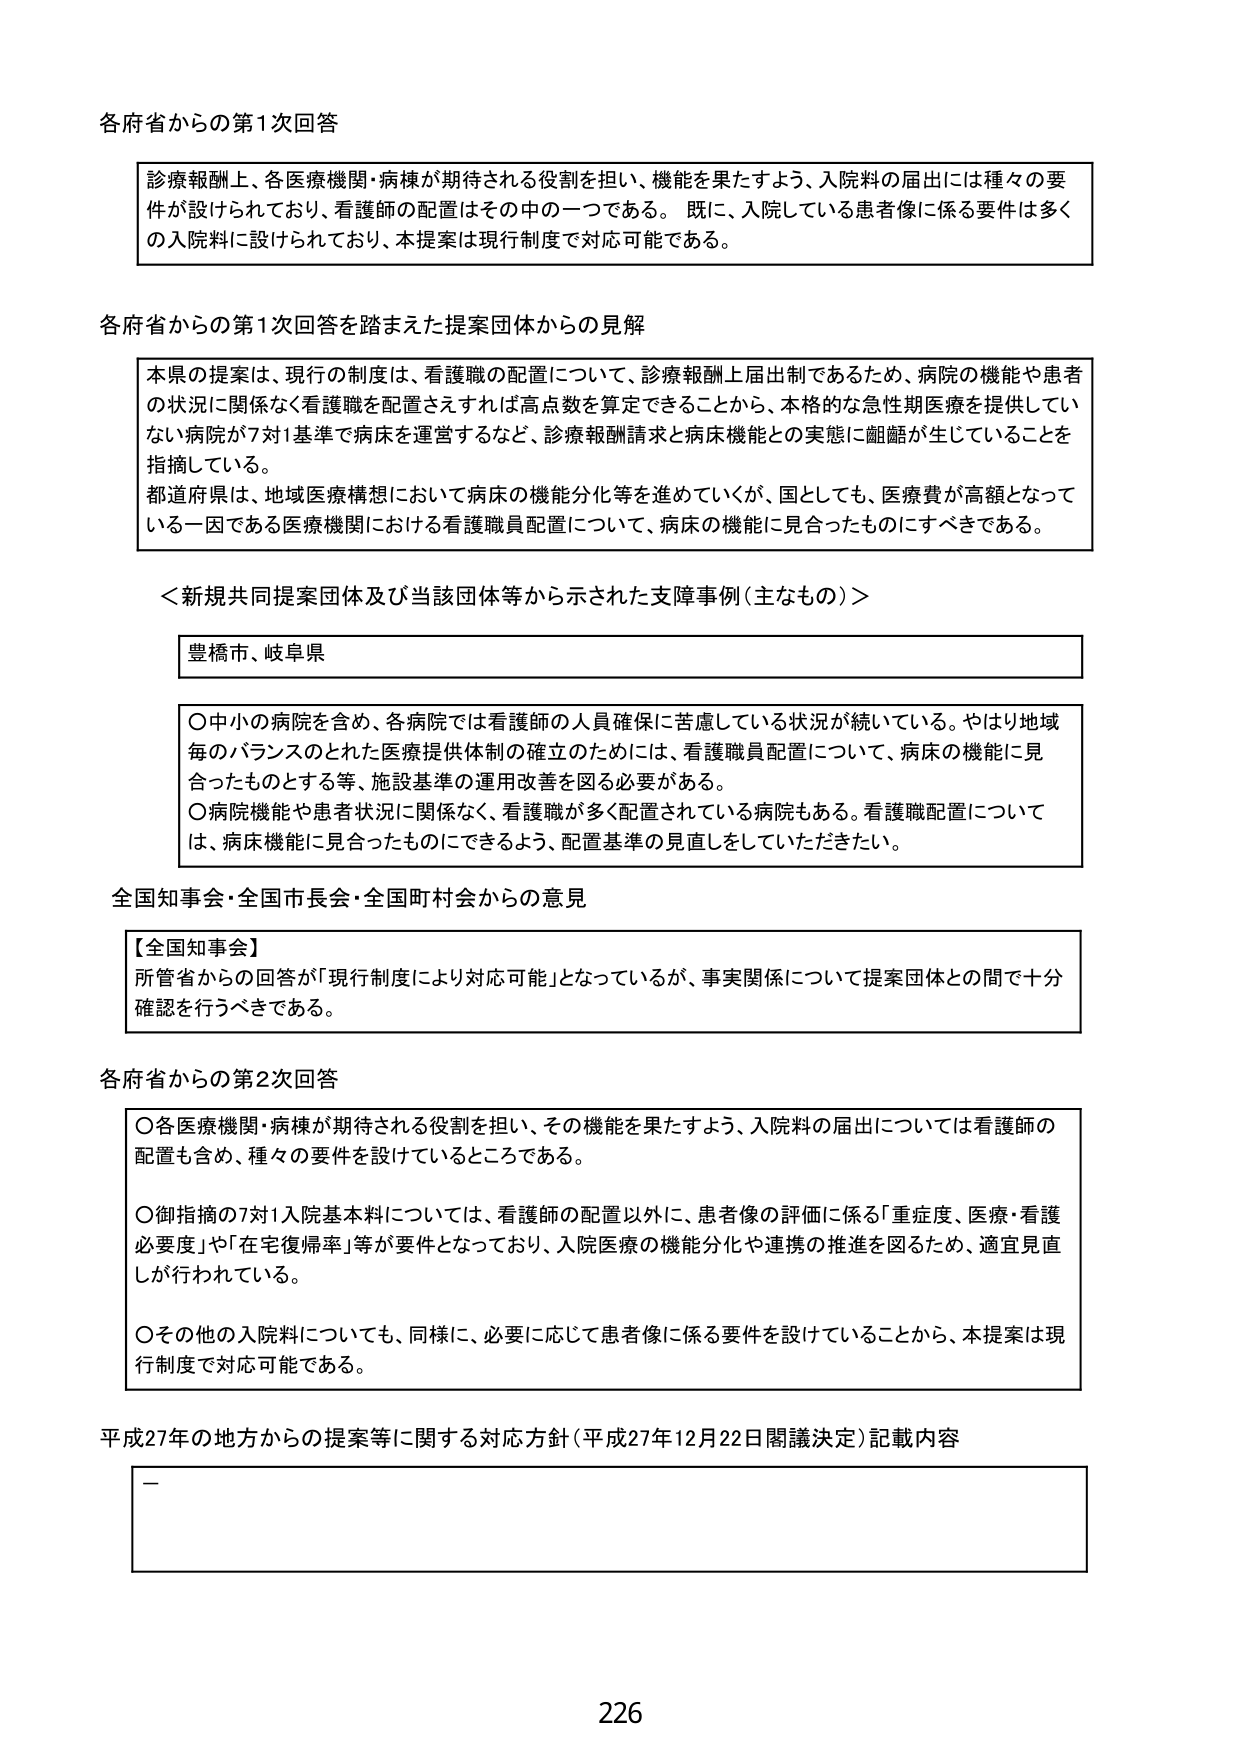
各府省からの第1次回答

診療報酬上、各医療機関・病棟が期待される役割を担い、機能を果たすよう、入院料の届出には種々の要件が設けられており、看護師の配置はその中の一つである。既に、入院している患者像に係る要件は多くの入院料に設けられており、本提案は現行制度で対応可能である。

各府省からの第1次回答を踏まえた提案団体からの見解

本県の提案は、現行の制度は、看護職の配置について、診療報酬上届出制であるため、病院の機能や患者の状況に関係なく看護職を配置さえすれば高点数を算定できることから、本格的な急性期医療を提供していない病院が7対1基準で病床を運営するなど、診療報酬請求と病床機能との実態に齟齬が生じていることを指摘している。
都道府県は、地域医療構想において病床の機能分化等を進めていくが、国としても、医療費が高額となっている一因である医療機関における看護職員配置について、病床の機能に見合ったものにすべきである。

＜新規共同提案団体及び当該団体等から示された支障事例（主なもの）＞

豊橋市、岐阜県

○中小の病院を含め、各病院では看護師の人員確保に苦慮している状況が続いている。やはり地域毎のバランスのとれた医療提供体制の確立のためには、看護職員配置について、病床の機能に見合ったものとする等、施設基準の運用改善を図る必要がある。
○病院機能や患者状況に関係なく、看護職が多く配置されている病院もある。看護職配置については、病床機能に見合ったものにできるよう、配置基準の見直しをしていただきたい。

全国知事会・全国市長会・全国町村会からの意見

【全国知事会】
所管省からの回答が「現行制度により対応可能」となっているが、事実関係について提案団体との間で十分確認を行うべきである。

各府省からの第2次回答

○各医療機関・病棟が期待される役割を担い、その機能を果たすよう、入院料の届出については看護師の配置も含め、種々の要件を設けているところである。
○御指摘の7対1入院基本料については、看護師の配置以外に、患者像の評価に係る「重症度、医療・看護必要度」や「在宅復帰率」等が要件となっており、入院医療の機能分化や連携の推進を図るため、適宜見直しが行われている。
○その他の入院料についても、同様に、必要に応じて患者像に係る要件を設けていることから、本提案は現行制度で対応可能である。

平成27年の地方からの提案等に関する対応方針（平成27年12月22日閣議決定）記載内容

－

226